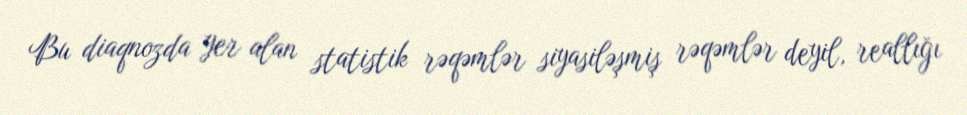
Bu diaqnozda yer alan statistik rəqəmlər siyasiləşmiş rəqəmlər deyil, reallığı